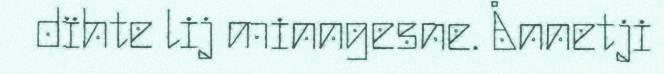
dïhte lij minngesne. Ånnetji